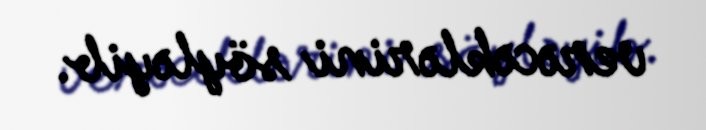
verəcəklərini söyləyib.